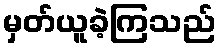
မှတ်ယူခဲ့ကြသည်